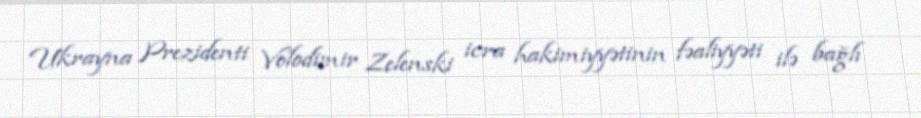
Ukrayna Prezidenti Volodimir Zelenski icra hakimiyyətinin fəaliyyəti ilə bağlı